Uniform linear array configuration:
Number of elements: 12
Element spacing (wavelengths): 0.5
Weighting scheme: kaiser
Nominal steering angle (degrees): -60
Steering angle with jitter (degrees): -60.204
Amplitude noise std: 0.05
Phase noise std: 0.05

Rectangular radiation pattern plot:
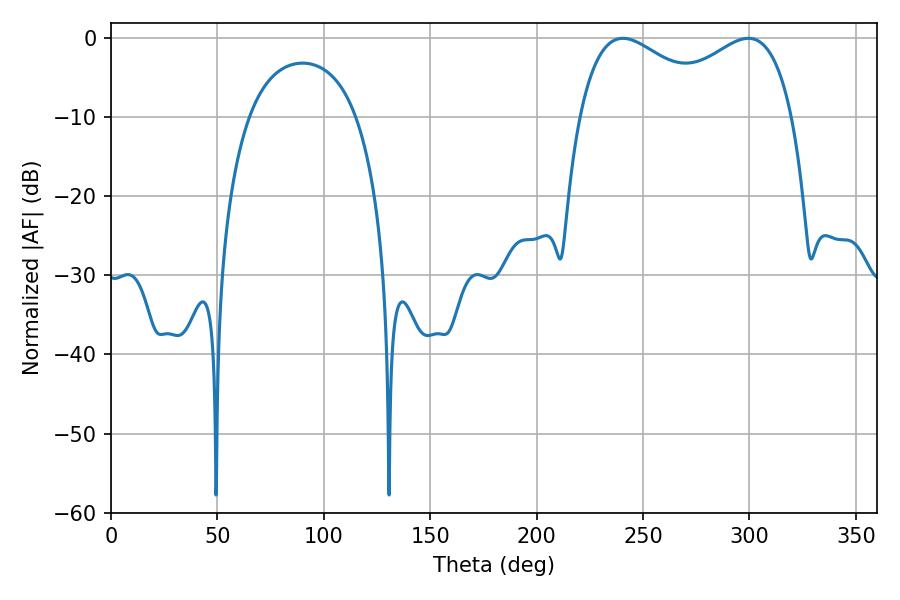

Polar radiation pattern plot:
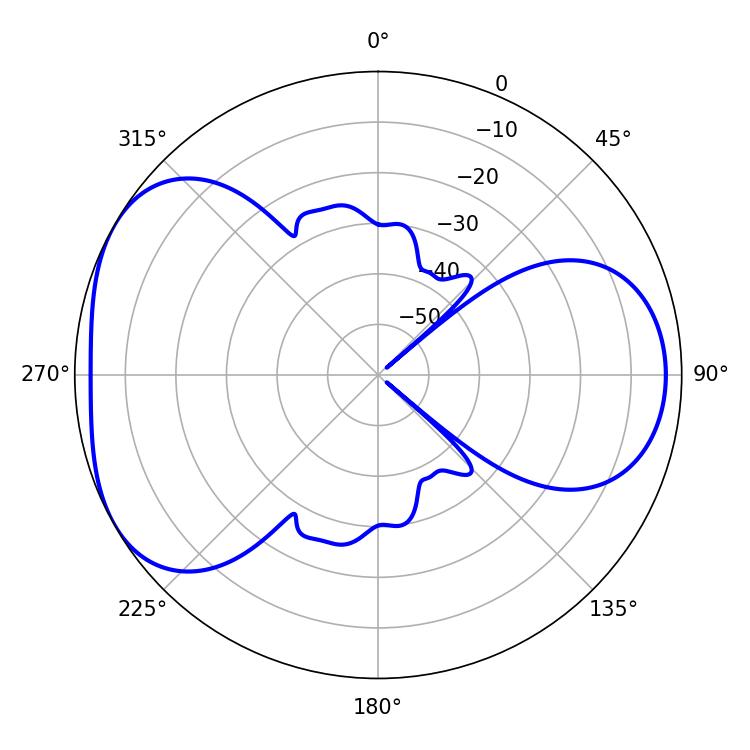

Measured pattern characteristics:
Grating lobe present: FALSE
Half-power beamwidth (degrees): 37.62
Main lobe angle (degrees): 240.48